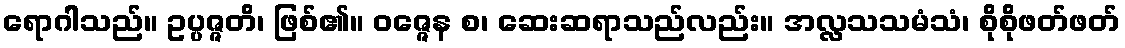
ရောဂါသည်။ ဥပ္ပဇ္ဇတိ၊ ဖြစ်၏။ ဝဇ္ဇေန စ၊ ဆေးဆရာသည်လည်း။ အလ္လသသမံသံ၊ စိုစိုဖတ်ဖတ်